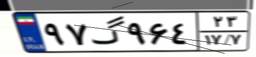
۳۵گ۲۸۵۶۸